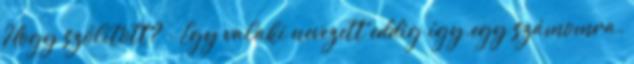
Hogy szólított? - Egy valaki nevezett eddig így.egy számomra.